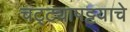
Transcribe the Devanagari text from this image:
चट्ट्यापट्टयाचे